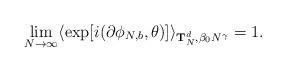
\begin{align*}\lim_{N \rightarrow \infty } \langle \exp [i(\partial \phi_{N,b} ,\theta )]\rangle_{{\bf T}_{N}^{d},\beta_{0} N^{\gamma }} = 1.\end{align*}